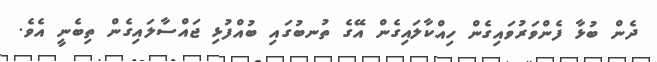
ދެން ބުޅާ ފެންވަރުވައިގެން ހިއްކާލައިގެން އޭގެ ތުނބުގައި ބުއްފުޅި ޖައްސާލައިގެން ތިބެނީ އެވެ.